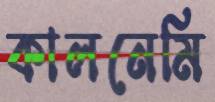
কালনেমি